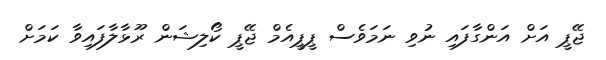
ޖޭޕީ އަށް އަންގާފައި ނުވި ނަމަވެސް ޕީޕީއެމް ޖޭޕީ ކޯލިޝަން ރޫޅާލާފައިވާ ކަމަށް